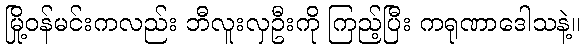
မြို့ဝန်မင်းကလည်း ဘီလူးလှဦးကို ကြည့်ပြီး ကရုဏာဒေါသနဲ့။